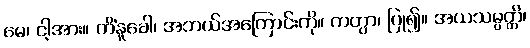
မေ၊ ငါ့အား။ ကိံနူခေါ၊ အဘယ်အကြောင်းကို။ ကတွာ၊ ပြု၍။ အယသမ္ပတ္တိ၊